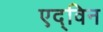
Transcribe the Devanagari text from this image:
एद्विन